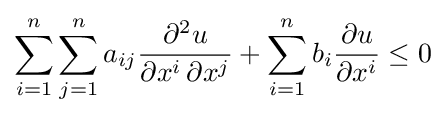
\sum _{i=1}^{n}\sum _{j=1}^{n}a_{ij}{\frac {\partial ^{2}u}{\partial x^{i}\,\partial x^{j}}}+\sum _{i=1}^{n}b_{i}{\frac {\partial u}{\partial x^{i}}}\leq 0